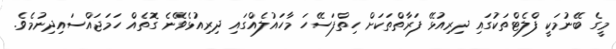
މީގެ ބޭނުމަކީ ފްލެޓްތަކުގައި ދިރިއުޅޭ ފަރާތްތަކަށް ހިތްފަސޭހަ މާހައުލެއްގައި ދިރިއުޅެވޭނެ ގޮތެއް ހަމަޖައްސައިދިނުމެވެ.